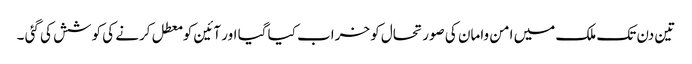
تین دن تک ملک میں امن وامان کی صورتحال کو خراب کیا گیا اور آئین کو معطل کرنے کی کوشش کی گئی ۔